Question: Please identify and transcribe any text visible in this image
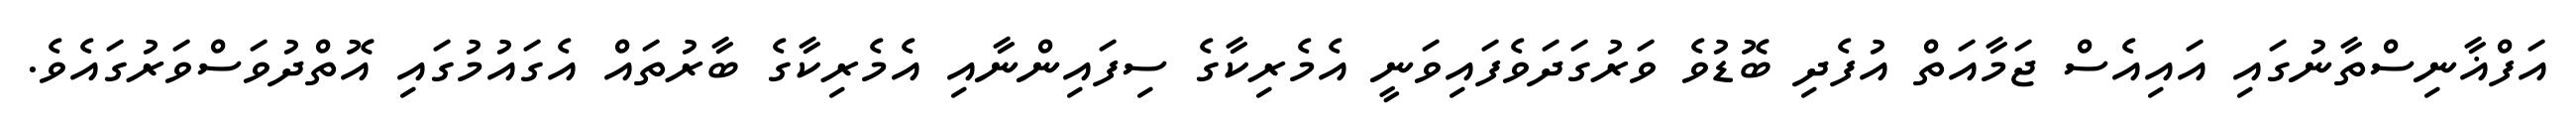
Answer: އަފްޣާނިސްތާނުގައި އައިއެސް ޖަމާއަތް އުފެދި ބޮޑުވެ ވަރުގަދަވެފައިވަނީ އެމެރިކާގެ ސިފައިންނާއި އެމެރިކާގެ ބާރުތައް އެގައުމުގައި އޮތްދުވަސްވަރުގައެވެ.